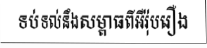
ទប់ទល់នឹងសម្ពាធពីអឺរ៉ុបរឿង